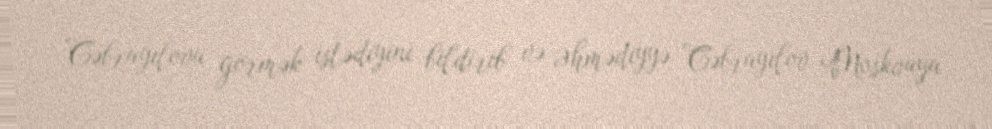
Cəbrayılovu görmək istədiyini bildirib və Əhmədiyyə Cəbrayılov Moskvaya